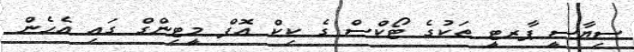
ސިޔާސީ ޕާރޓީ ތަކުގެ ޓޯކްސް ގެ ކިކް އޮފް މީޓިންގް ގައި އެހެން